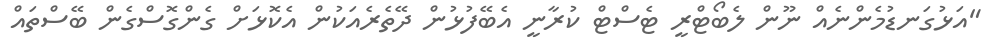
"އަޅުގަނޑުމެންނެއް ނޫން ލެބޯޓްރީ ޓެސްޓް ކުރާނީ އެބޭފުޅުން ދޭތެރެއަކުން އެކޮޅަށް ގެންގޮސްގެން ބޭސްތައް